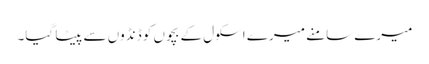
میرے سامنے میرے اسکول کے بچوں کو ڈنڈوں سے پیٹا گیا۔